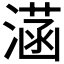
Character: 𣼏